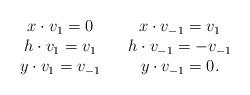
LaTeX: \begin{align*}\begin{array}{c c c}x \cdot v_1 = 0 & & x \cdot v_{-1} = v_1 \\h \cdot v_1 = v_1 & & h \cdot v_{-1} = -v_{-1} \\y \cdot v_1 = v_{-1} & & y \cdot v_{-1} = 0.\end{array}\end{align*}